Report of the Indian Hemp Drugs Commission, 1894-1895 - Volume VI
Year: 1894
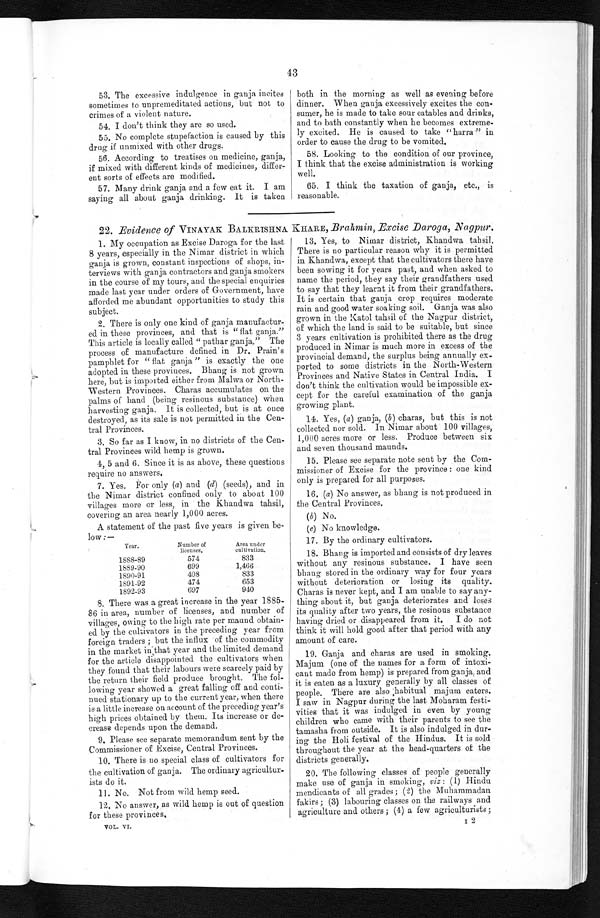
43
53. The excessive indulgence in ganja incites
sometimes to unpremeditated actions, but not to
crimes of a violent nature.
54. I don't think they are so used.
55. No complete stupefaction is caused by this
drug if unmixed with other drugs.
56. According to treatises on medicine, ganja,
if mixed with different kinds of medicines, differ-
ent sorts of effects are modified.
57. Many drink ganja and a few eat it. I am
saying all about ganja drinking. It is taken
both in the morning as well as evening before
dinner. When ganja excessively excites the con-
sumer, he is made to take sour eatables and drinks,
and to bath constantly when he becomes extreme-
ly excited. He is caused to take "harra" in
order to cause the drug to be vomited.
58. Looking to the condition of our province,
I think that the excise administration is working
well.
65. I think the taxation of ganja, etc., is
reasonable.
22. Evidence of VINAYAK BALKRISHNA. KHARE, Brahmin, Excise Daroga, Nagpur.
1. My occupation as Excise Daroga for the last
8 years, especially in the Nimar district in which
ganja is grown, constant inspections of shops, in-
terviews with ganja contractors and ganja smokers
in the course of my tours, and the special enquiries
made last year under orders of Government, have
afforded me abundant opportunities to study this
subject.
2. There is only one kind of ganja manufactur-
ed in these provinces, and that is "flat ganja."
This article is locally called "pathar ganja." The
process of manufacture defined in Dr. Prain's
pamphlet for "fiat ganja," is exactly the one
adopted in these provinces. Bhang is not grown
here, but is imported either from Malwa or North-
Western Provinces. Charas accumulates on the
palms of hand (being resinous substance) when
harvesting ganja. It is collected, but is at once
destroyed, as its sale is not permitted in the Cen-
tral Provinces.
3. So far as I know, in no districts of the Cen-
tral Provinces wild hemp is grown.
4, 5 and 6. Since it is as above, these questions
require no answers.
7. Yes. For only (a) and (d) (seeds), and in
the Nimar district confined only to about 100
villages more or less, in the Khandwa tahsil,
covering an area nearly 1,000 acres.
A statement of the past five years is given be-
low
Year.
Number of
licenses,
Area under
cultivation.
1888-89
574
833
1839-90
699
1,466
1890-91
408
833
1891-92
474
653
1892-93
697
940
8. There was a great increase in the year 1885-
86 in area, number of licenses, and number of
villages, owing to the high rate per maund obtain-
ed by the cultivators in the preceding year from
foreign traders; but the influx of the commodity
in the market in that year and the limited demand
for the article disappointed the cultivators when
they found that their labours were scarcely paid by
the return their field produce brought. The fol-
lowing year showed a great falling off and conti-
nued stationary up to the current year, when there
is a little increase on account of the preceding year's
high prices obtained by them. Its increase or de-
crease depends upon the demand.
9. Please see separate memorandum sent by the
Commissioner of Excise, Central Provinces.
10. There is no special class of cultivators for
the cultivation of ganja. The ordinary agricultur-
ists do it.
11. No. Not from wild hemp seed.
12, No answer, as wild hemp is out of question
for these provinces,
VOL. VI.
13. Yes, to Nimar district, Khandwa tahsil.
There is no particular reason why it is permitted
in Khandwa, except that the cultivators there have
been sowing it for years past, and when asked to
name the period, they say their grandfathers used
to say that they learnt it from their grandfathers.
It is certain that ganja crop requires moderate
rain and good water soaking soil. Ganja was also
grown in the Katol tahsil of the Nagpur district,
of which the land is said to be suitable, but since
3 years cultivation is prohibited there as the drug
produced in Nimar is much more in excess of the
provincial demand, the surplus being annually ex.
ported to some districts in the North-Western
Provinces and Native States in Central India. I
don't think the cultivation would be impossible ex-
cept for the careful examination of the ganja
growing plant.
14. Yes, (a) ganja, (b) charas, but this is not
collected nor sold. In Nimar about 100 villages,
1,000 acres more or less. Produce between six
and seven thousand maunds.
15. Please see separate note sent by the Com-
missioner of Excise for the province: one kind
only is prepared for all purposes.
16. (a) No answer, as bhang is not produced in
the Central Provinces,
(b) No.
(c) No knowledge.
17. By the ordinary cultivators.
18. Bhang is imported and consists of dry leaves
without any resinous substance. I have seen
bhang stored in the ordinary way for four years
without deterioration or losing its quality.
Charas is never kept, and I am unable to say any-
thing about it, but ganja deteriorates and loses
its quality after two years, the resinous substance
having dried or disappeared from it. I do not
think it will hold good after that period with any
amount of care.
19. Ganja and charas are used in smoking.
Majum. (one of the names for a form of intoxi-
cant made from hemp) is prepared from ganja, and
it is eaten as a luxury generally by all classes of
people. There are also habitual majum eaters.
I saw in Nagpur during the last Moharam festi-
vities that it was indulged in even by young
children who came with their parents to see the
tamasha from outside. It is also indulged in dur-
ing the Holi festival of the Hindus. It is sold
throughout the year at the head-quarters of the
districts generally.
20. The following classes of people generally
make use of ganja in smoking, viz: (1) Hindu
mendicants of all grades; (2) the Muhammadan
fakirs; (3) labouring classes on the railways and
agriculture and others; (4) a few agriculturists;
2